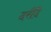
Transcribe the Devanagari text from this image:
दरींदे